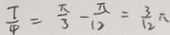
\frac { T } { 4 } = \frac { \pi } { 3 } - \frac { \pi } { 1 2 } = \frac { 3 } { 1 2 } \pi